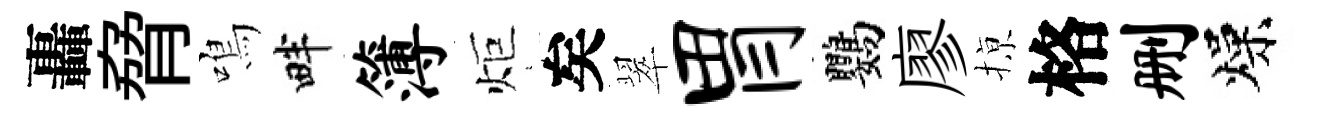
轟脅鳴畔簿炬矣翠胃鸚廖𢱊格删燥